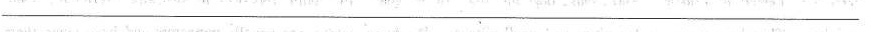
___